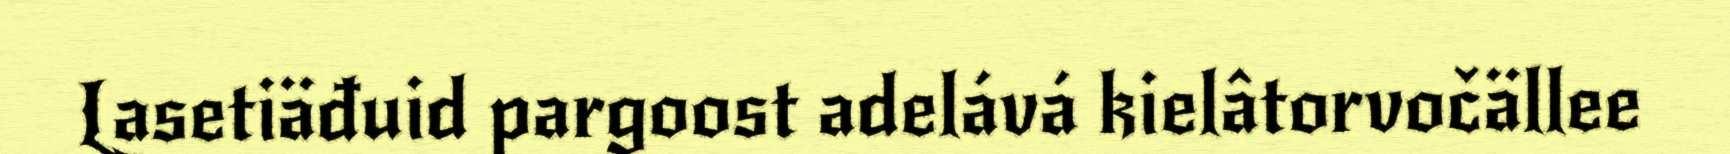
Lasetiäđuid pargoost adelává kielâtorvočällee